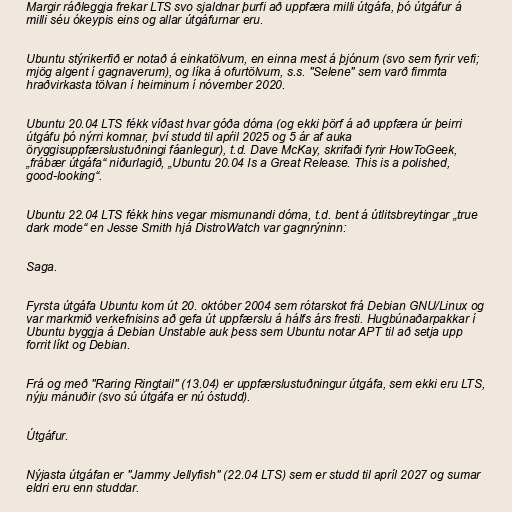
Margir ráðleggja frekar LTS svo sjaldnar þurfi að uppfæra milli útgáfa, þó útgáfur á
milli séu ókeypis eins og allar útgáfurnar eru.

Ubuntu stýrikerfið er notað á einkatölvum, en einna mest á þjónum (svo sem fyrir vefi;
mjög algent í gagnaverum), og líka á ofurtölvum, s.s. "Selene" sem varð fimmta
hraðvirkasta tölvan í heiminum í nóvember 2020.

Ubuntu 20.04 LTS fékk víðast hvar góða dóma (og ekki þörf á að uppfæra úr þeirri
útgáfu þó nýrri komnar, því studd til apŕil 2025 og 5 ár af auka
öryggisuppfærslustuðningi fáanlegur), t.d. Dave McKay, skrifaði fyrir HowToGeek,
„frábær útgáfa“ niðurlagið, „Ubuntu 20.04 Is a Great Release. This is a polished,
good-looking“.

Ubuntu 22.04 LTS fékk hins vegar mismunandi dóma, t.d. bent á útlitsbreytingar „true
dark mode“ en Jesse Smith hjá DistroWatch var gagnrýninn:

Saga.

Fyrsta útgáfa Ubuntu kom út 20. október 2004 sem rótarskot frá Debian GNU/Linux og
var markmið verkefnisins að gefa út uppfærslu á hálfs árs fresti. Hugbúnaðarpakkar í
Ubuntu byggja á Debian Unstable auk þess sem Ubuntu notar APT til að setja upp
forrit líkt og Debian.

Frá og með "Raring Ringtail" (13.04) er uppfærslustuðningur útgáfa, sem ekki eru LTS,
nýju mánuðir (svo sú útgáfa er nú óstudd).

Útgáfur.

Nýjasta útgáfan er "Jammy Jellyfish" (22.04 LTS) sem er studd til apríl 2027 og sumar
eldri eru enn studdar.